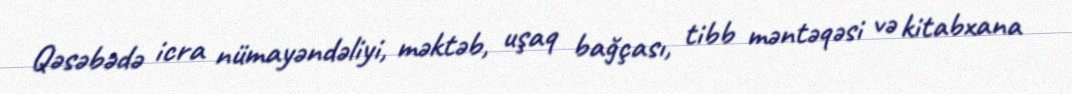
Qəsəbədə icra nümayəndəliyi, məktəb, uşaq bağçası, tibb məntəqəsi və kitabxana